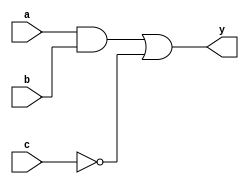
module combinational_logic (
    input wire a,      // Input signal a
    input wire b,      // Input signal b
    input wire c,      // Input signal c
    output reg y       // Output signal y
);

// Combinational logic process
always @ (a or b or c) begin
    // Procedural assignment using blocking assignment
    y = (a & b) | (~c); // Example logic: y = a AND b OR NOT c
end

endmodule